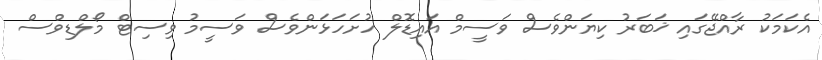
އެކަމަކު ރާއްޖޭގައި ޚަބަރު ކިޔަންވެސް ވަސީމް އައިޑޮލް ހުށަހަޅަންވެސް ވަސީމު ވިސިޓް މޯލްޑިވްސް